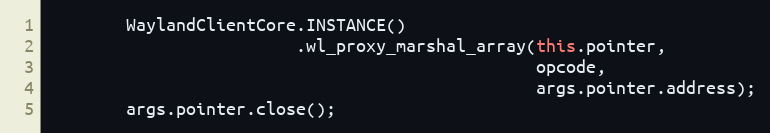
Language: Java
        WaylandClientCore.INSTANCE()
                         .wl_proxy_marshal_array(this.pointer,
                                                 opcode,
                                                 args.pointer.address);
        args.pointer.close();